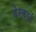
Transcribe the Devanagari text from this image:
डेस्कार्टे